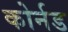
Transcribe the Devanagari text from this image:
कोर्नड